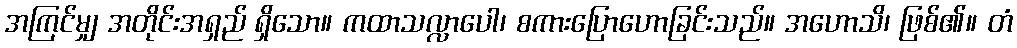
အကြင်မျှ အတိုင်းအရှည် ရှိသော။ ကထာသလ္လာပေါ၊ စကားပြောဟောခြင်းသည်။ အဟောသိ၊ ဖြစ်၏။ တံ